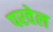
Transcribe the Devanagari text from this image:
परवेल